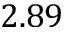
2 . 8 9